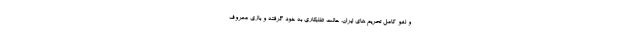
و لغو کامل تحریم های ایران، حالت طلبکاری به خود گرفته و بازی معروف